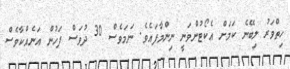
ހިތްވަރު ލިބޭނެ ކަމަށް އެކޯޓުންވަނީ ނިންމާފައެވެ. ނަމަވެސް 30 ދުވަސް ފަހުން އަނެއްކާވެސް